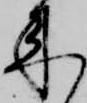
来